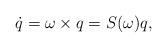
LaTeX: \begin{align*}\dot q = \omega\times q = S(\omega) q,\end{align*}